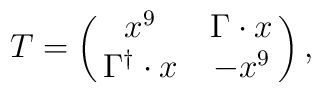
T=\pmatrix{x^9&\Gamma\cdot x\cr\Gamma^\dagger\cdot x&-x^9},